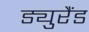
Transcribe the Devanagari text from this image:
ड्युरैंड